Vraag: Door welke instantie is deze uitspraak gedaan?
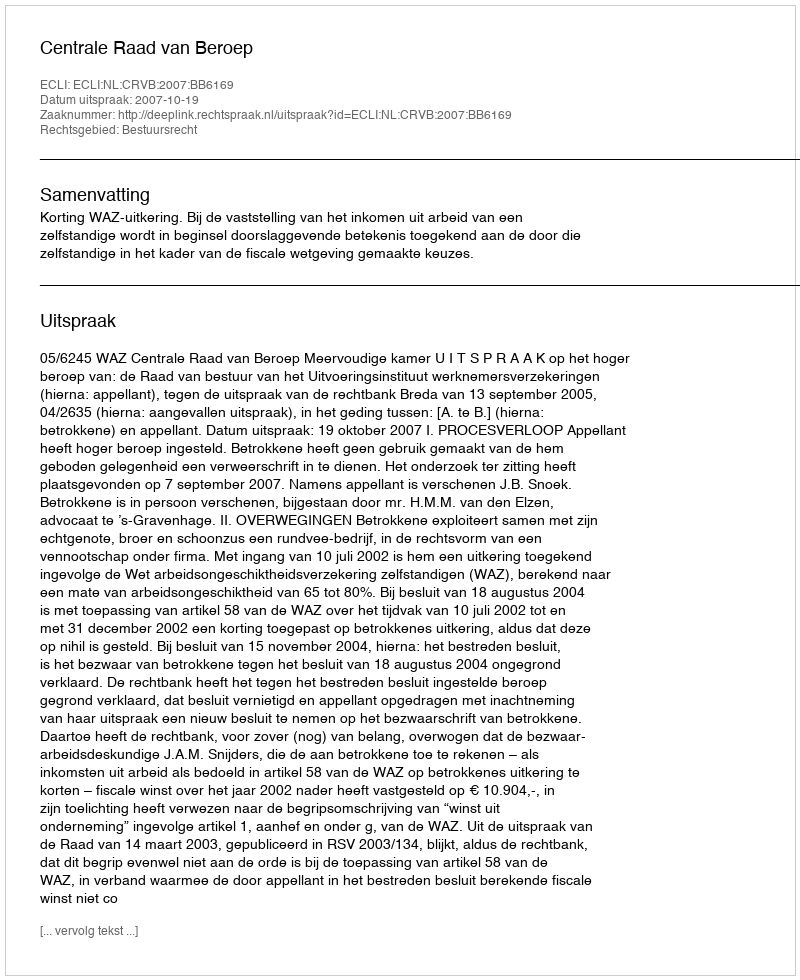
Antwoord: Centrale Raad van Beroep